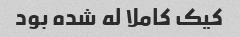
کیک کاملا له شده بود